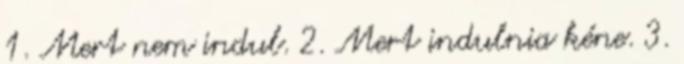
1. Mert nem indul. 2. Mert indulnia kéne. 3.